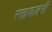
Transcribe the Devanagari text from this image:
रक्तवाहनी